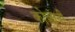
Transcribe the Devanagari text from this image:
कोज़ानी